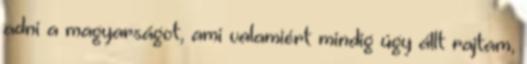
adni a magyarságot, ami valamiért mindig úgy állt rajtam,